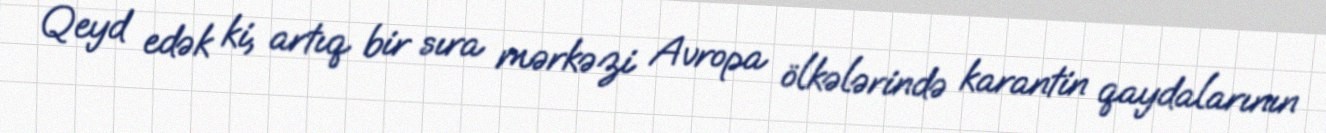
Qeyd edək ki, artıq bir sıra mərkəzi Avropa ölkələrində karantin qaydalarının